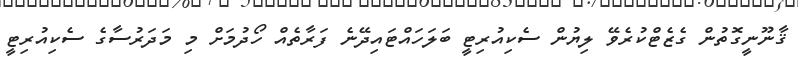
ޤާނޫނީގޮތުން ގެޒެޓްކުރެވޭ ލިޔުން ސެކިއުރިޓީ ބަލަހައްޓައިދޭނެ ފަރާތެއް ހޯދުމަށް މި މަދަރުސާގެ ސެކިއުރިޓީ